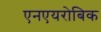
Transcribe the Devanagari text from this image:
एनएयरोबिक